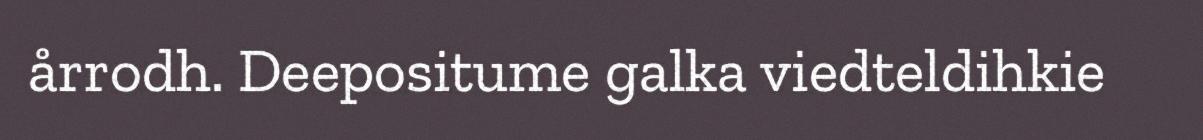
årrodh. Deepositume galka viedteldihkie